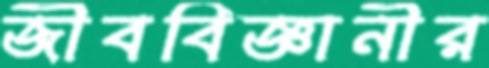
জীববিজ্ঞানীর